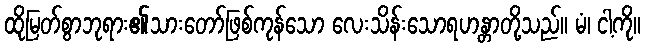
ထိုမြတ်စွာဘုရား၏သားတော်ဖြစ်ကုန်သော လေးသိန်းသောရဟန္တာတို့သည်။ မံ၊ ငါ့ကို။